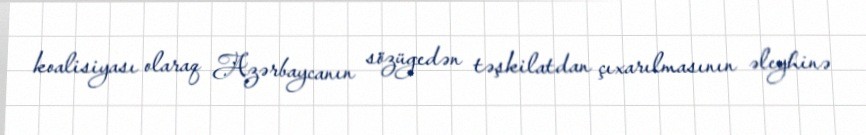
koalisiyası olaraq Azərbaycanın sözügedən təşkilatdan çıxarılmasının əleyhinə